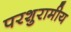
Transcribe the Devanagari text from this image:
परशुरामीय